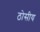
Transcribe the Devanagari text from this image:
ठोसीय